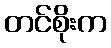
တင်စိုးက